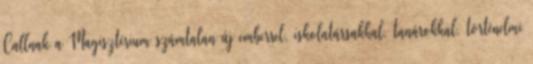
Callnak a Magisztérium számtalan új emberrel, iskolatársakkal, tanárokkal, történelmi